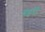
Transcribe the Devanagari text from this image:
मइत्री